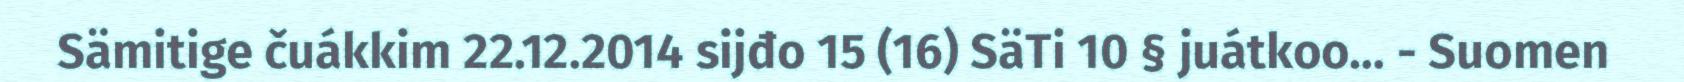
Sämitige čuákkim 22.12.2014 sijđo 15 (16) SäTi 10 § juátkoo… - Suomen